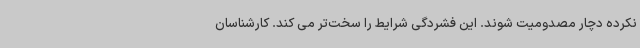
نکرده دچار مصدومیت شوند. این فشردگی شرایط را سخت‌تر می کند. کارشناسان